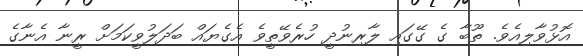
އޮޅުވާލިއެވެ. ތޫބާ ގެ ގޭގައި ލާރިނުދީ ހުރެވޭތީވެ އެގެޔައް ބަދަލުވީކަމަށް ރީނާ އެނާގެ